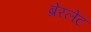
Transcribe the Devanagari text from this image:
ब्रेरलेट